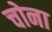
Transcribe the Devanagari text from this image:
चोना